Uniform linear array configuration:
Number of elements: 4
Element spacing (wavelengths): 0.5
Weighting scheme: cosine
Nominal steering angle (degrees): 45
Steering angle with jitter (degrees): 46.486
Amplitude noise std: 0.05
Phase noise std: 0.05

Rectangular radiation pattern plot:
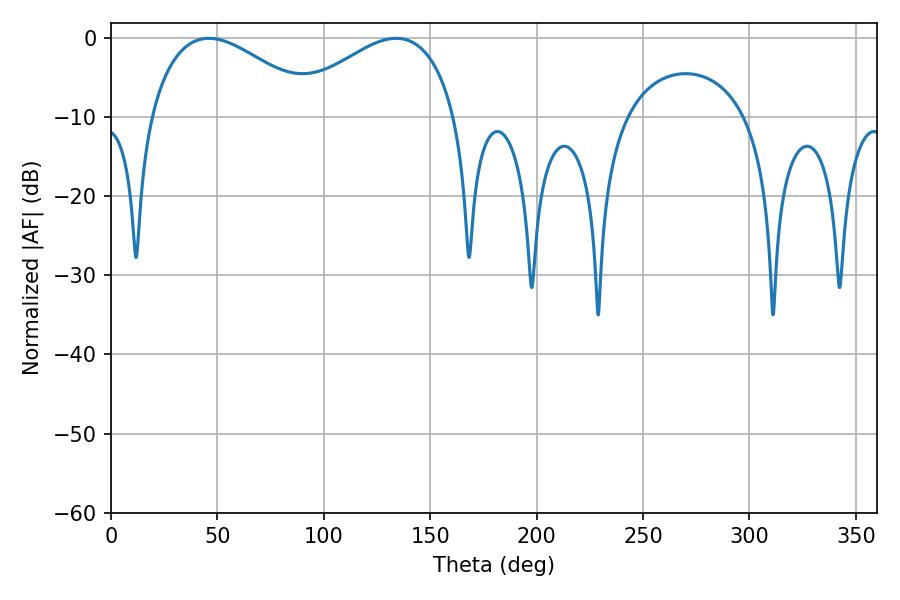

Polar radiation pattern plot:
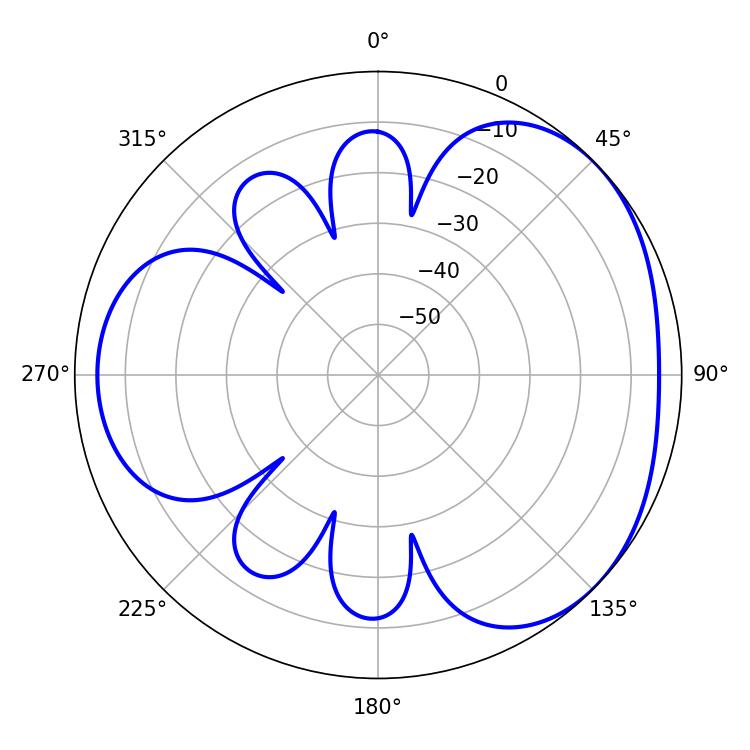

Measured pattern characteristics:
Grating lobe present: FALSE
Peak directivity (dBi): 3.356
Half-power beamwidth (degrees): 43.2
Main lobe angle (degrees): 45.9